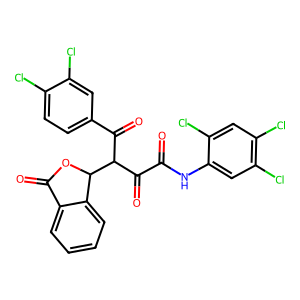
SMILES: O=C(Nc1cc(Cl)c(Cl)cc1Cl)C(=O)C(C(=O)c1ccc(Cl)c(Cl)c1)C1OC(=O)c2ccccc21
Inhibits HIV replication: No